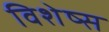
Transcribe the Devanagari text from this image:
विशेष्स